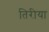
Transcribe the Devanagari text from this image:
तिरीया